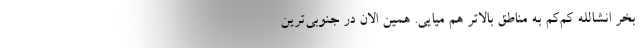
بخر انشالله کم‌کم به مناطق بالاتر هم میایی. همین الان در جنوبی‌ترین